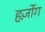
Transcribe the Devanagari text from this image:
हर्ज़ोग